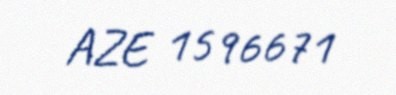
AZE 1596671